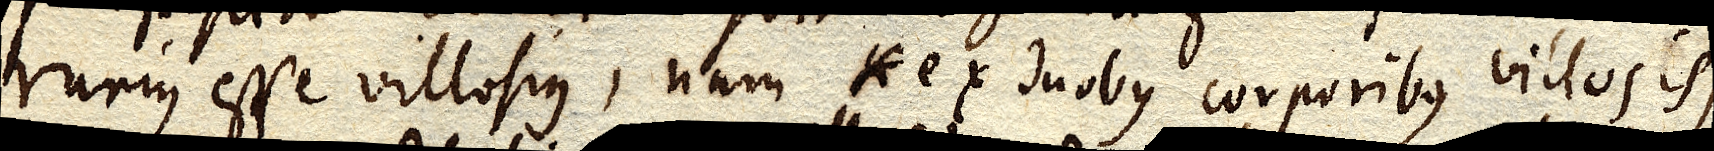
rarius esse villosius, nam xx ex duobus corporibus villosis,